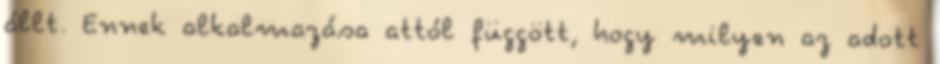
állt. Ennek alkalmazása attól függött, hogy milyen az adott